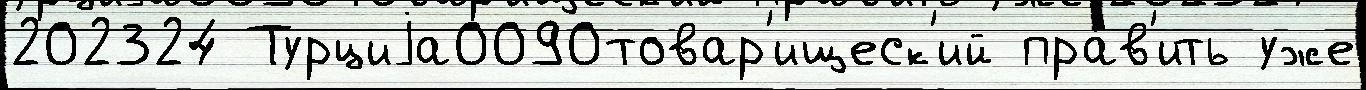
202324 Турциjа0090товар'ищеск'ий пра́в'ить уже